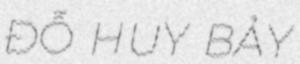
ĐỖ HUY BẢY